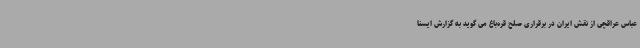
عباس عراقچی از نقش ایران در برقراری صلح قره‌باغ می گوید به گزارش ایسنا